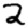
Digit: 2